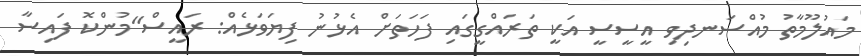
މައުލޫމާތު މުއްސަނދިވި އީސީސީ އަކީ ތަރައްގީގައި ފަހަތަށް އެޅުނު ފިޔަވަޅެއް: ރައީސް"މުންކޮ ފައިސާ